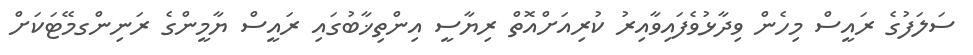
ސަލަފުގެ ރައީސް މިހެން ވިދާޅުވެފައިވާއިރު ކުރިއަށްއޮތް ރިޔާސީ އިންތިޚާބުގައި ރައީސް ޔާމީންގެ ރަނިންގމޭޓަކަށް